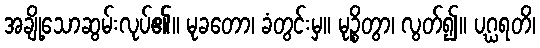
အချို့သောဆွမ်းလုပ်၏။ မုခတော၊ ခံတွင်းမှ။ မုဉ္စိတွာ၊ လွတ်၍။ ပဂ္ဃရတိ၊